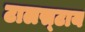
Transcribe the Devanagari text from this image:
टालस्‍टाय